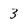
Character: 3